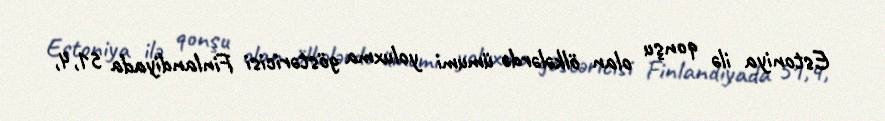
Estoniya ilə qonşu olan ölkələrdə ümumi yoluxma göstəricisi Finlandiyada 51,4,